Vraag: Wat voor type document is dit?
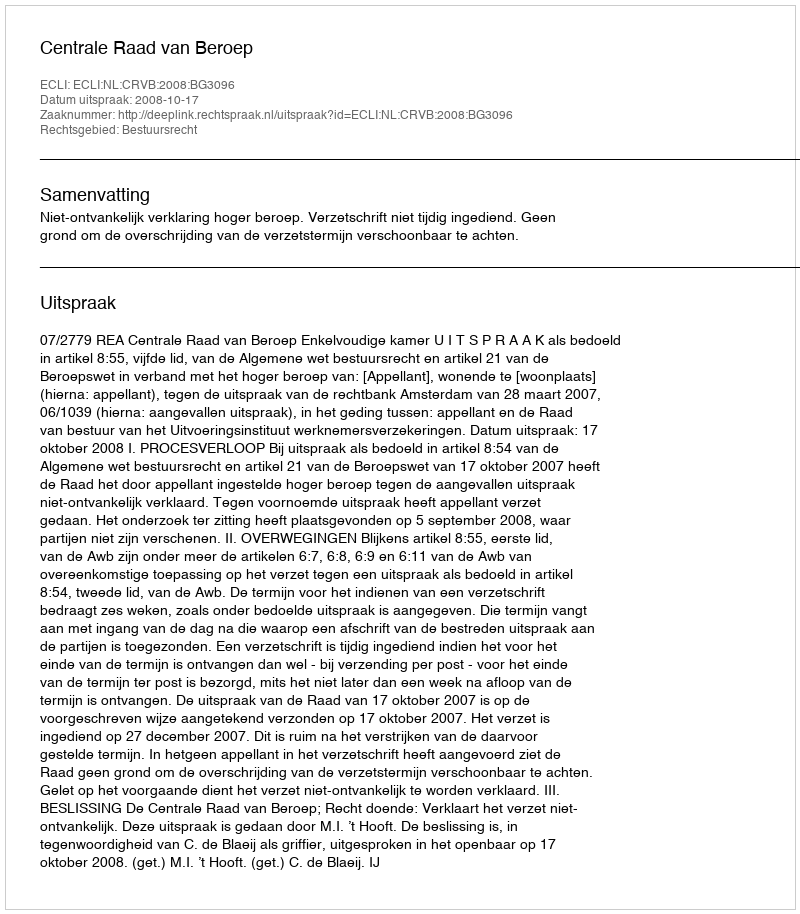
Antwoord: Uitspraak